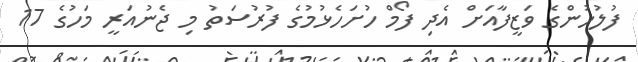
ފުލުހުންގެ ވަޒީފާއަށް އެދި ފޯމް ހުށަހެޅުމުގެ ފުރުސަތު މި ޖެނުއަރީ މަހުގެ 17